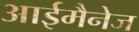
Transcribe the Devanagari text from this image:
आईमैनेज